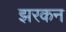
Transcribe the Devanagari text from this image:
झरकन